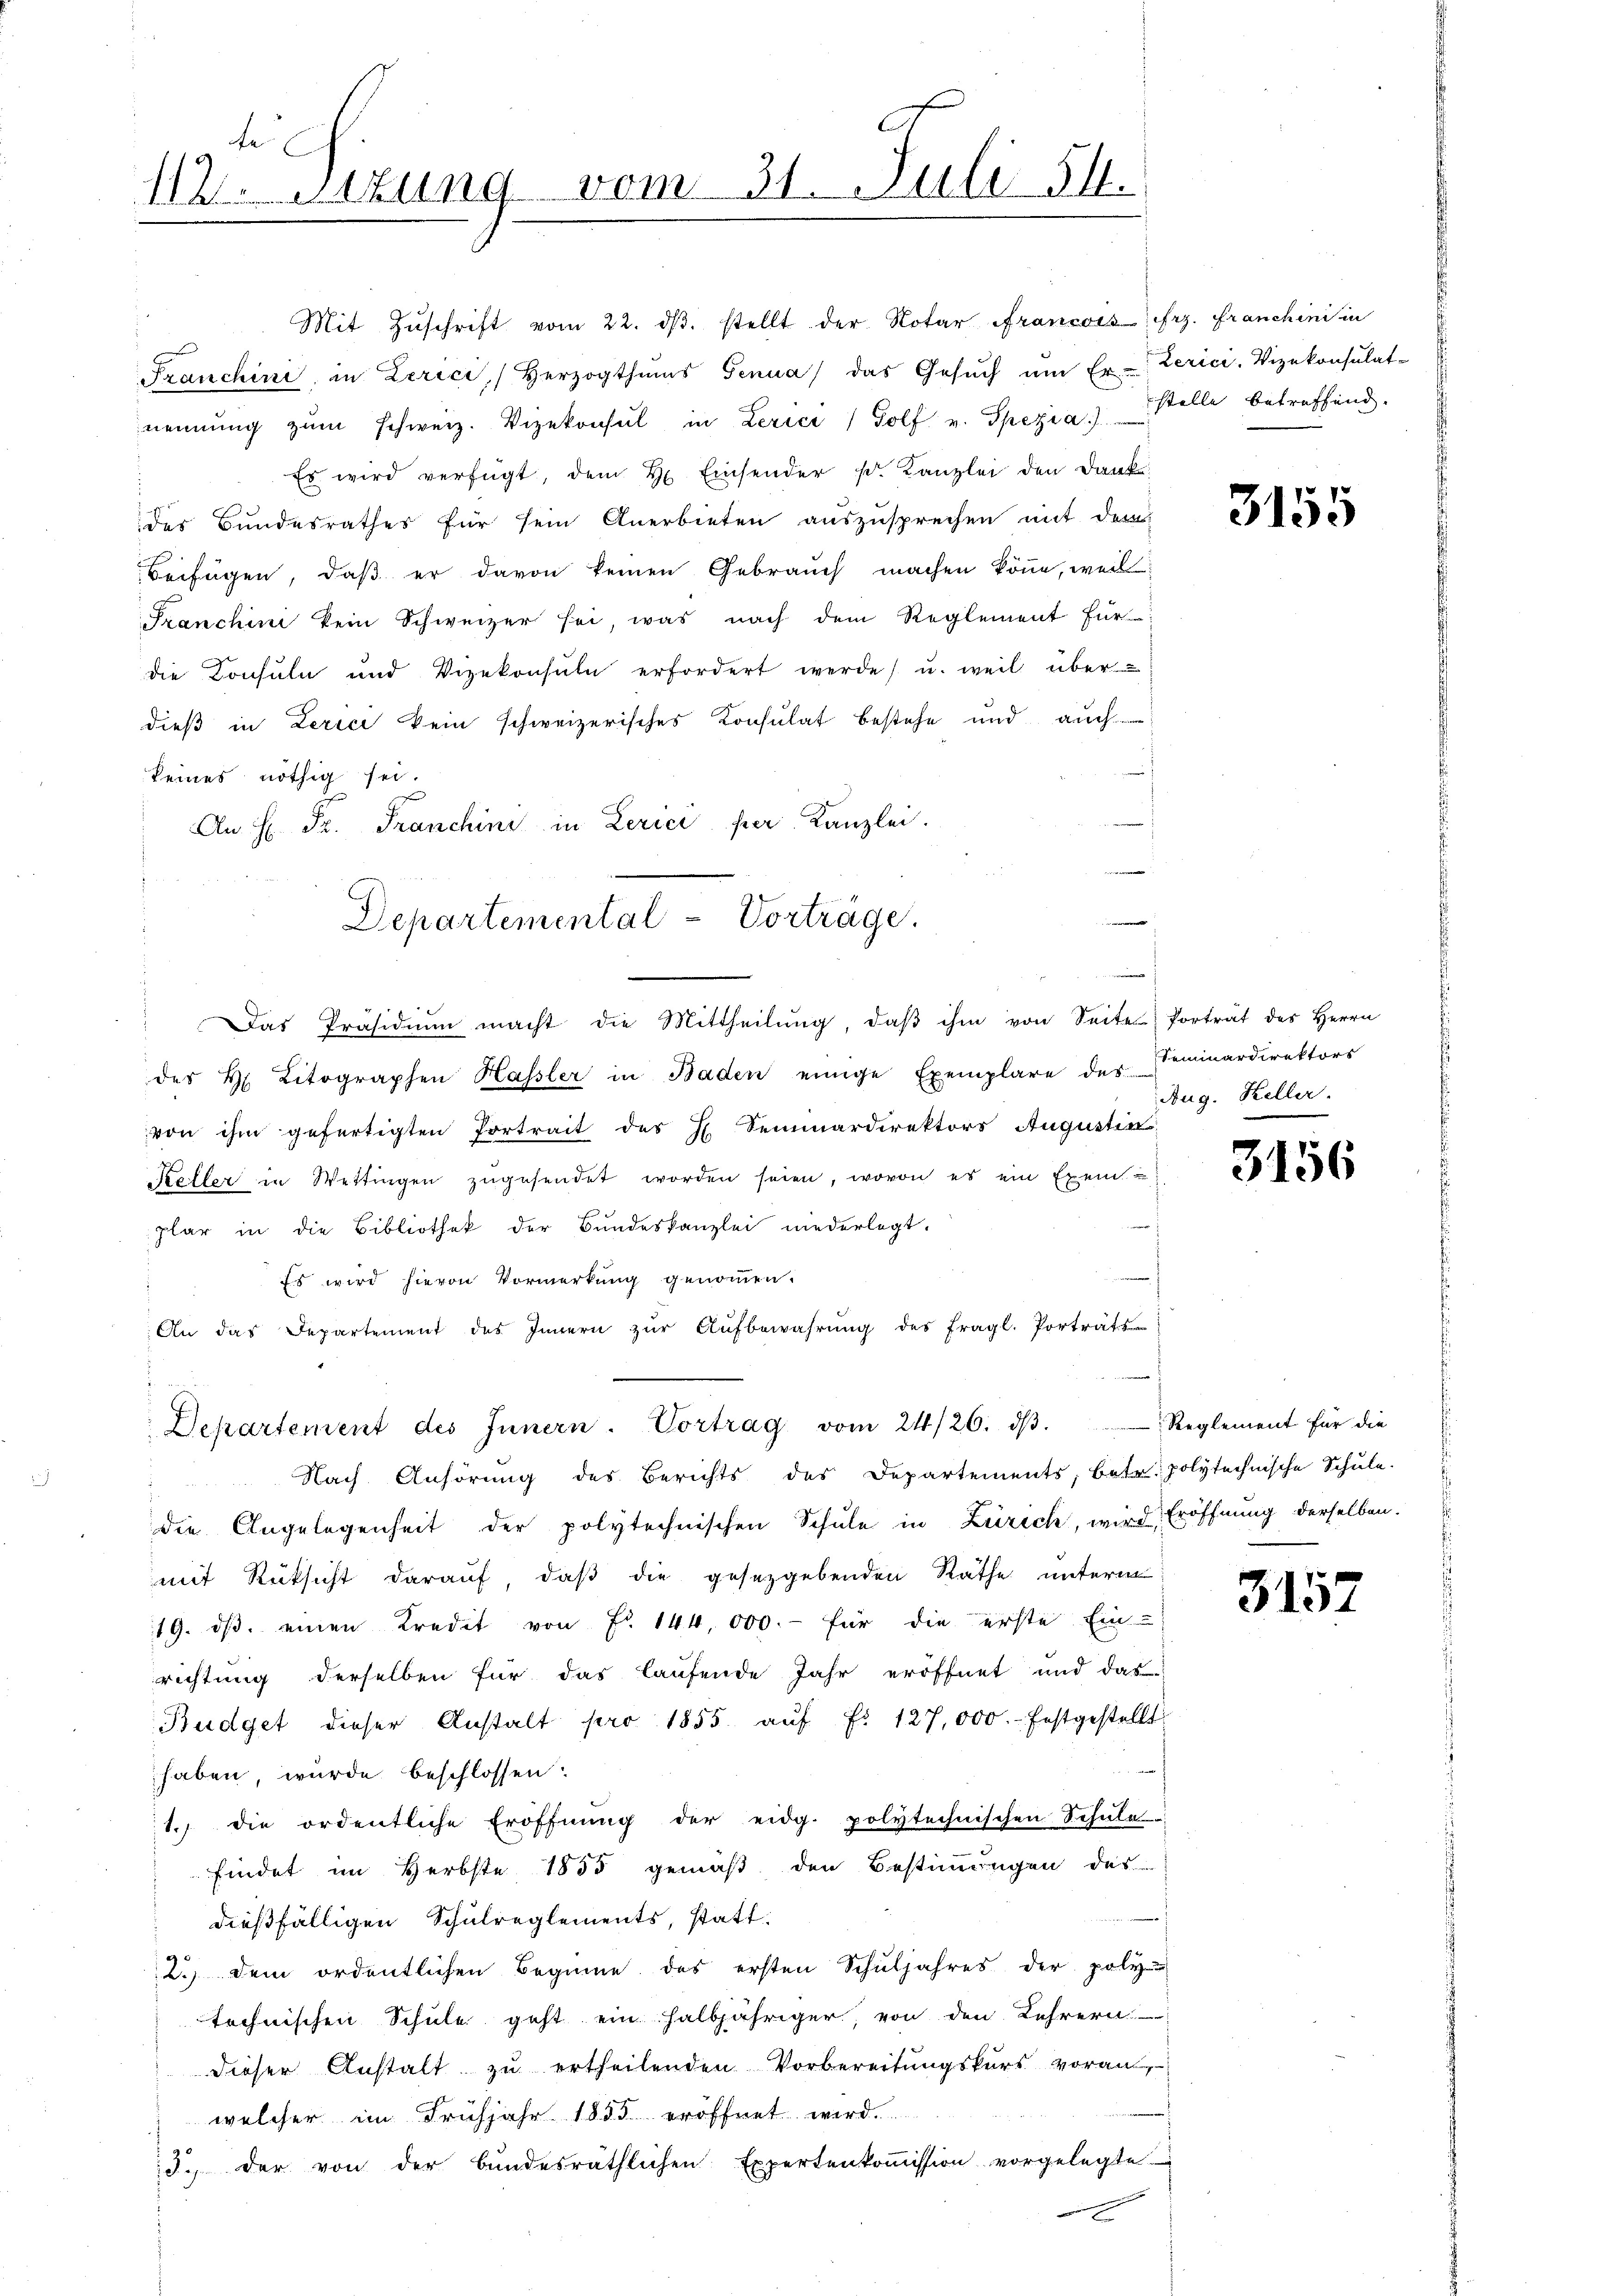
fe
112. Setzung vom 31. Juli 54.

Mit Zŭschrift vom 22. dβ. stellt der Rotar Francois frz. Franchini in
x
Franchine, in Zerici, Herzogthums Genua das Gesŭch ŭm Er- Zerici, Vizekonsulat-
nennung zŭm Schweiz. Vizekonsul in Lerici (Golf v. Spezia) Stelle betreffend
Es wird verfügt, dem H. Einsender k. Kanzlei den Dank
des Bundesrathes für sein Anerbieten auszusprechen mit dem
Beifügen, daß er davon keinen Gebrauch machen könne, weil
Franchini kein Schweizer sei, was nach dem Reglement für
die Konsuln und Vizekonsuln erfordert werde, u. weil über
dieß in Lerici kein schweizerisches Konsulat bestehe und auch
keines nöthig sei.
An H. Pr. Franchini in Zerici per Kanzlei.
e
des H. Litographen Hassler in Baden einige Exemplare des Seminardirektors
von ihm gefertigten Portrait des H. Seminardirektors Augustins
Schler in Wettingen zugesendet worden seien, wovon es ein Exemplar in die Bibliothek der Bundeskanzlei niederlegt.
Es wird hievon Vormerkung genommen.
An das Departement des Innern zŭr Aŭfbewahrung des fragl. Portrats
Departement des Innern. Vortrag vom 24/26. dβ.
Nach Anhörung des Berichts des Departements, betr. polytechnische Schule.
die Angelegenheit der polytechnischen Schule in Zürich, wird, Eröffnung derselben.
mit Rücksicht darauf, daß die gesetzgebenden Räthe unterm
19. dβ einen Kredit von Fr. 144,000.- für die erste Ein-
richtung derselben für das laufende Jahr eröffnet und das
Budget dieser Anstalt pro 1855 aŭf Fr. 127,000. festgestellt
haben, wurde beschlossen:
1. die ordentliche Eröffnŭng der eidg. polytechnischen Schule
findet im Herbste 1855 gemäß den Bestimmungen des
dießfälligen Schulreglements, statt.
2.) dem ordentlichen Beginne des ersten Schuljahres der poliz
technischen Schule geht ein halbjähriger, von den Lehrern
dieser Anstalt zŭ ertheilenden Vorbereitŭngskurs voran,
welcher im Frühjahr 1835 eröffnet wird.
3. der von der bundesräthlichen Expertenkoṁission vorgelegte
e
E

Departemental - Vorträge.
"Das Präsidiŭm macht die Mittheilŭng, daβ ihm von Seite Porträt des Herrn

3155

Aug. Keller.

3156

Reglement für die

3157